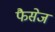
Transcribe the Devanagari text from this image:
फैसेज